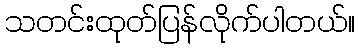
သတင်းထုတ်ပြန်လိုက်ပါတယ်။